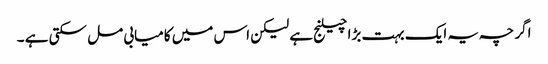
اگر چہ یہ ایک بہت بڑا چیلنج ہے لیکن اس میں کامیابی مل سکتی ہے ۔